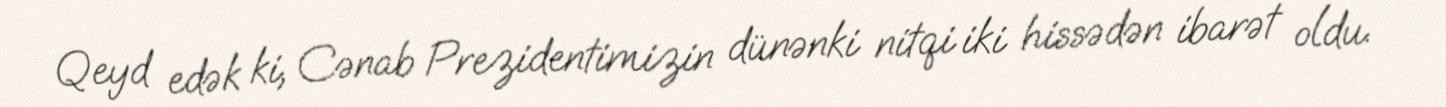
Qeyd edək ki, Cənab Prezidentimizin dünənki nitqi iki hissədən ibarət oldu.